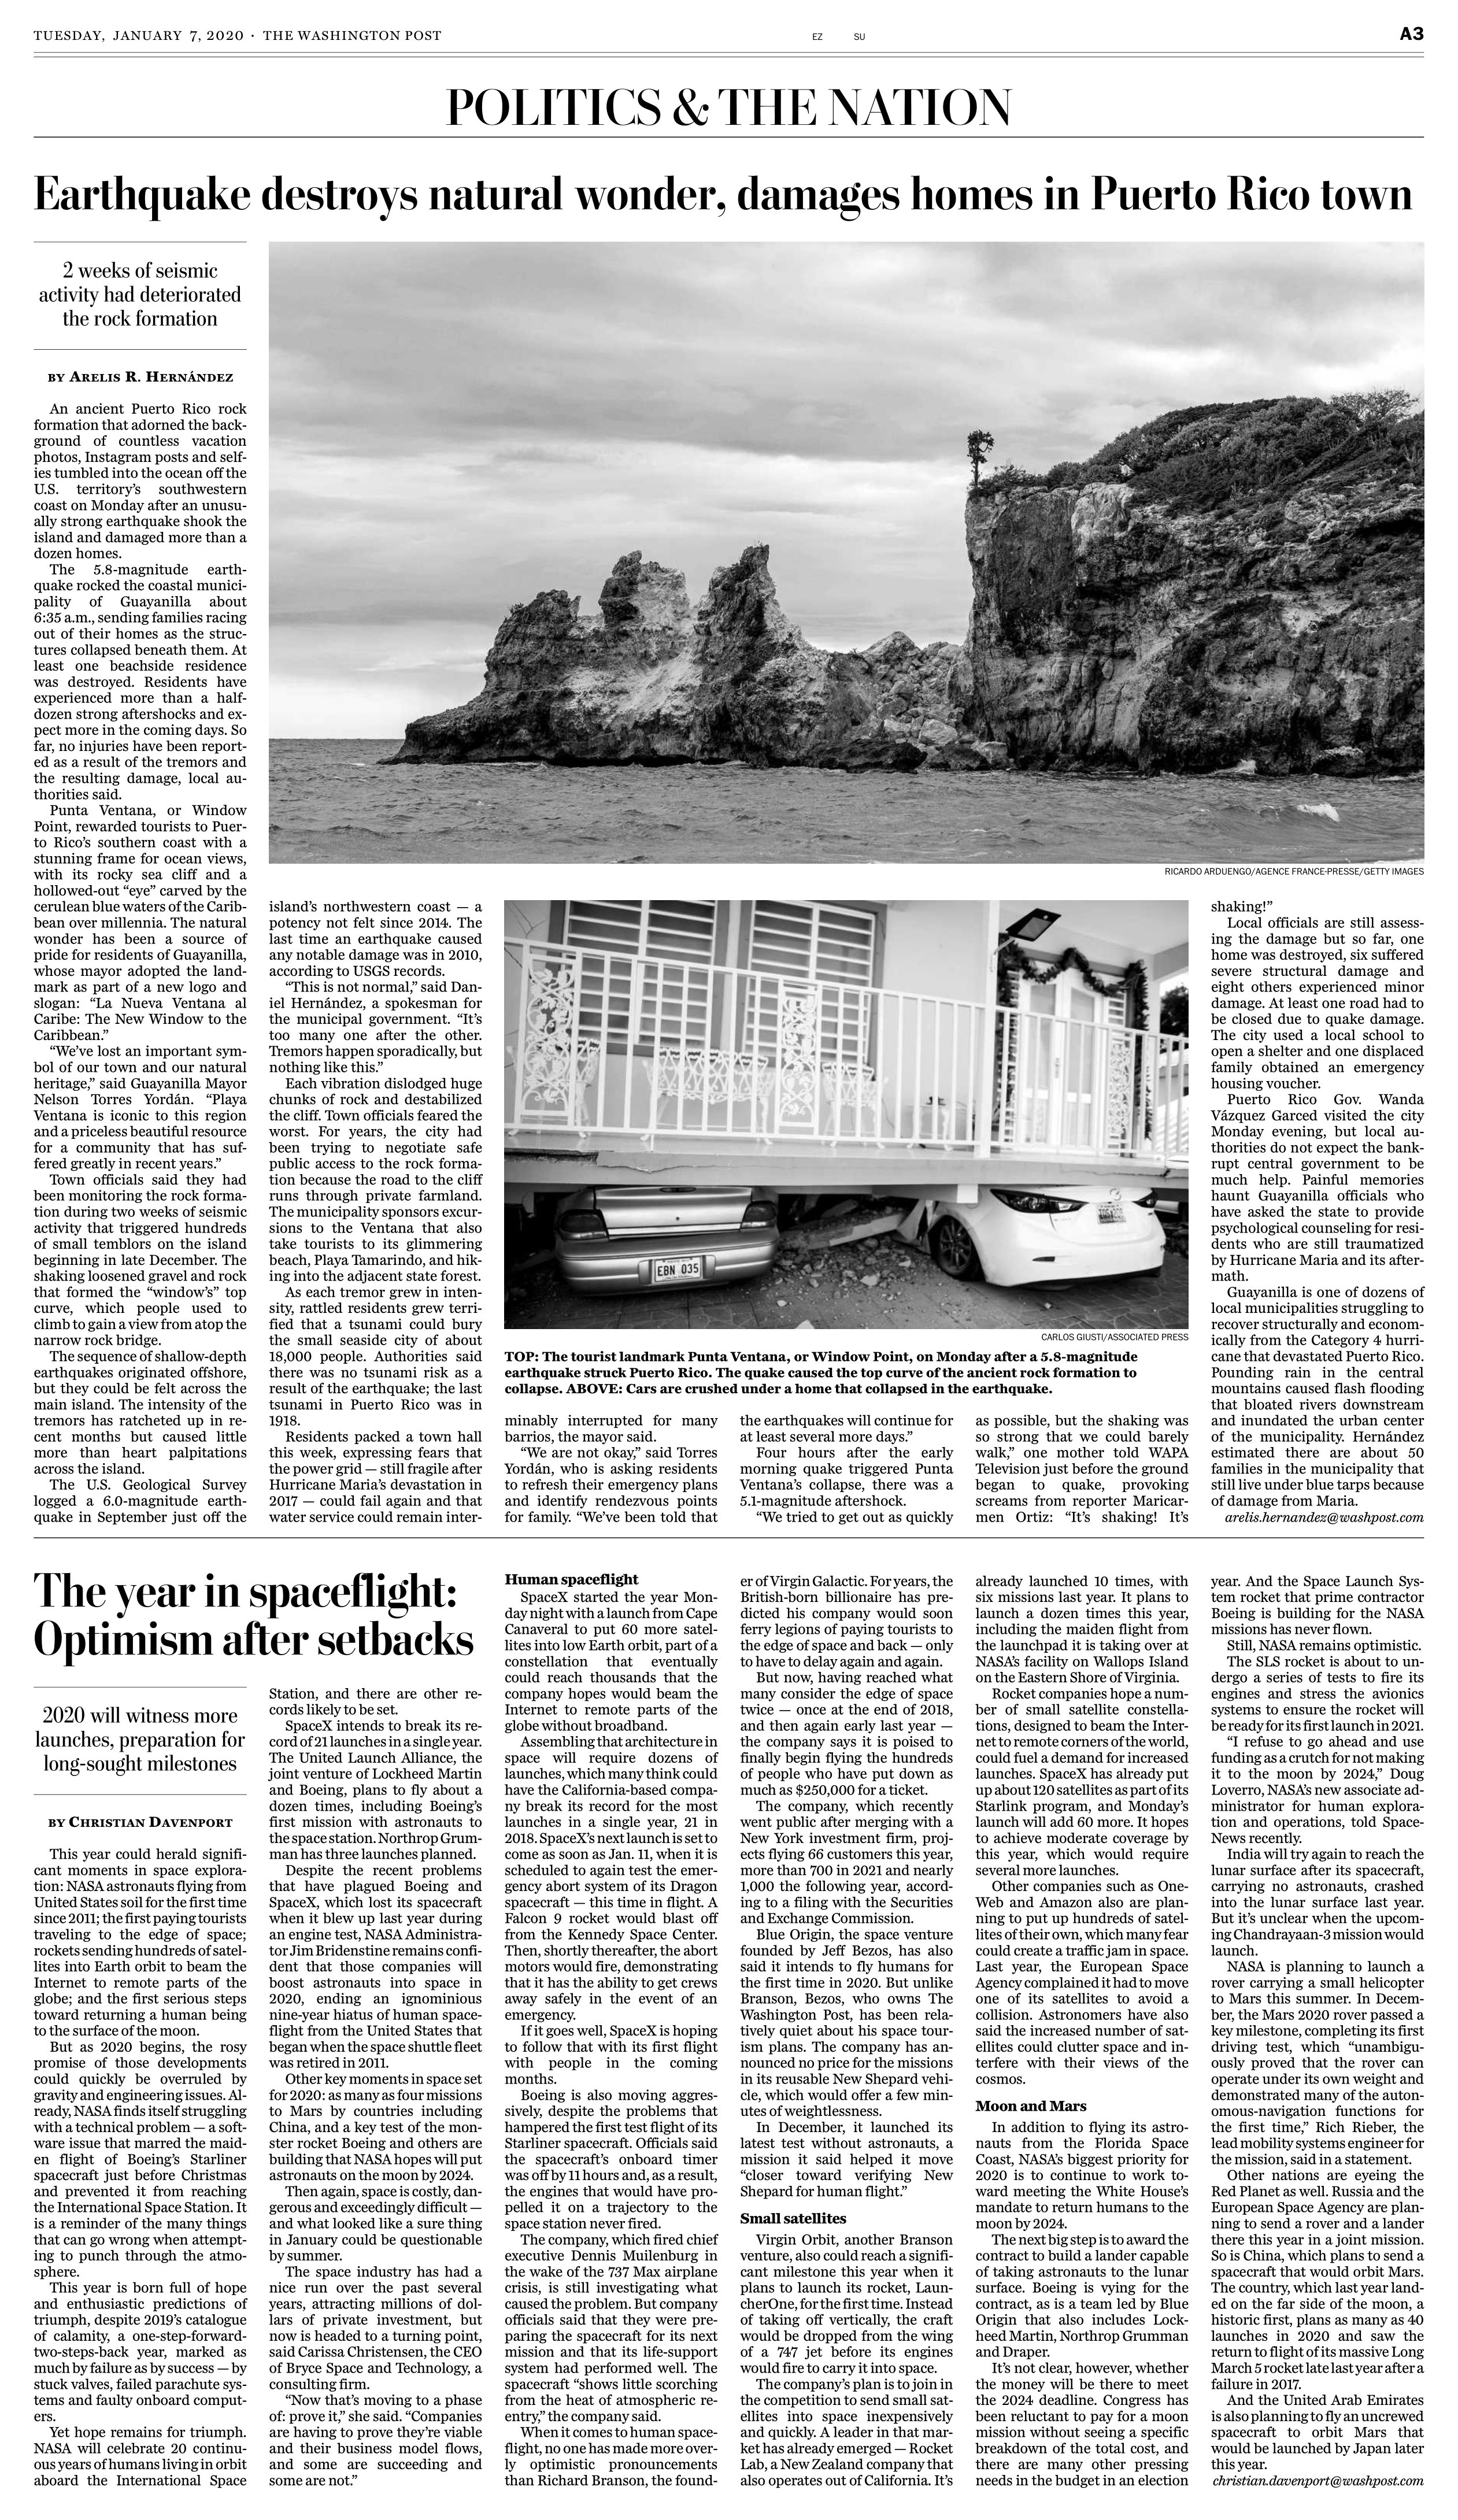
Language: en